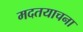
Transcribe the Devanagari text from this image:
मदतयाचना